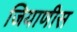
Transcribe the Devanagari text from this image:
जियाणीस